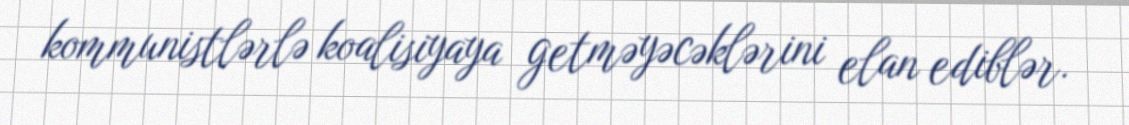
kommunistlərlə koalisiyaya getməyəcəklərini elan ediblər.